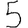
Digit: 5